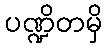
ပဏ္ဍိတမှိ